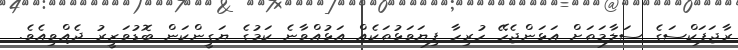
ރާޖަޕަކްސަގެ ސަލާމަތަށް އަޅަންޖެހޭ ހުރިހާ ފިޔަވަޅުތަކެއް އަޅުއްވާނެ ކަމުގެ ޔަގީންކަން ބޮޑުވަޒީރު ދެއްވިއެވެ.